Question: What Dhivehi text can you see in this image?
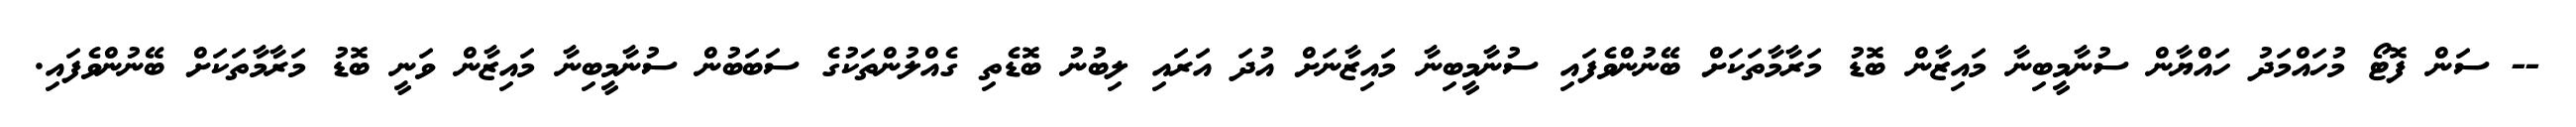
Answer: -- ސަން ފޮޓޯ މުހައްމަދު ހައްޔާން ސުނާމީބިނާ މައިޒާން ބޮޑު މަރާމާތަކަށް ބޭނުންވެފައި ސުނާމީބިނާ މައިޒާނަށް އުދަ އަރައި ލިބުނު ބޮޑެތި ގެއްލުންތަކުގެ ސަބަބުން ސުނާމީބިނާ މައިޒާން ވަނީ ބޮޑު މަރާމާތަކަށް ބޭނުންވެފައި.